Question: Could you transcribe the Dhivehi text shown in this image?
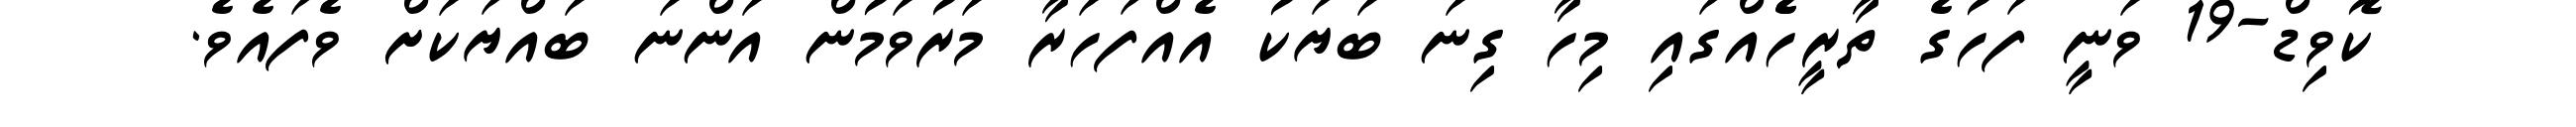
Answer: ކޮވިޑް-19 ވަނީ ފަހުގެ ތާރީހެެއްގައި މިހާ ގިނަ ބަޔަކު އެއްފަހަރާ މަރުވަމުން އަންނަ ބައްޔަކަށް ވެފައެވެ.